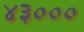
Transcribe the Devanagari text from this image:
४३०००